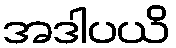
အဒါပယိ